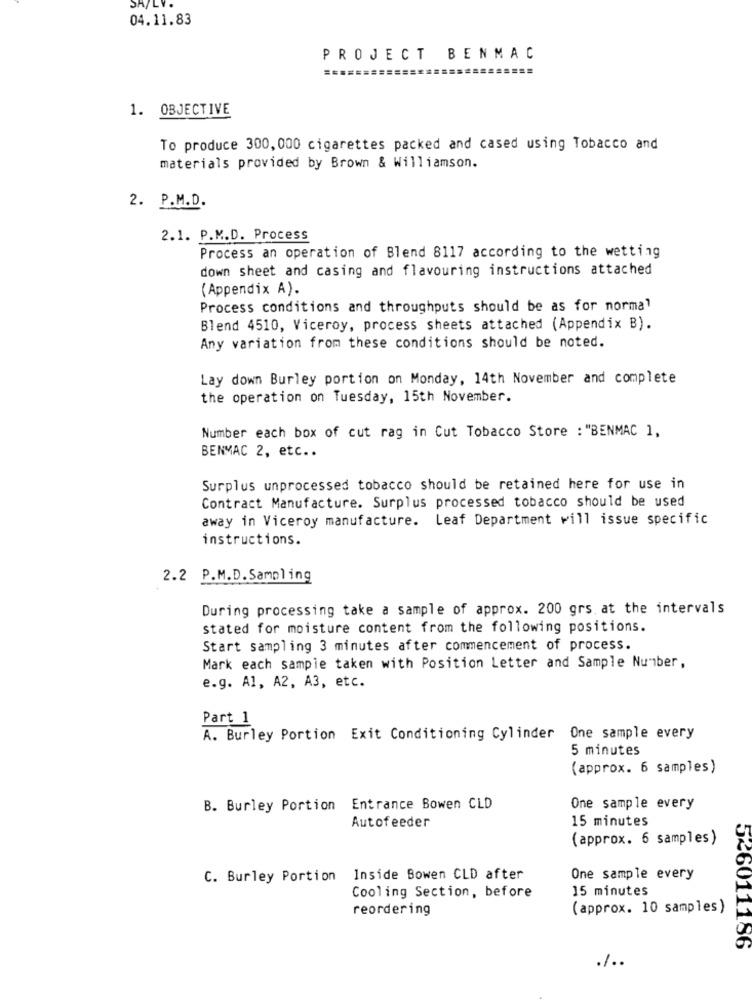
SH/LY.
04.11.83
PROJECT BENMAC
1. OBJECTIVE
To produce 300,000 cigarettes packed and cased using Tobacco and
materials provided by Brown & Williamson.
2. P.M.D.
2.1. P.M.D. Process
Process an operation of Blend 8117 according to the wetting
down sheet and casing and flavouring instructions attached
(Appendix A).
Process conditions and throughputs should be as for normal
Blend 4510, Viceroy, process sheets attached (Appendix B).
Any variation from these conditions should be noted.
Lay down Burley portion on Monday, 14th November and complete
the operation on Tuesday, 15th November.
Number each box of cut rag in Cut Tobacco Store : "BENMAC 1,
BENMAC 2, etc ..
Surplus unprocessed tobacco should be retained here for use in
Contract Manufacture. Surplus processed tobacco should be used
away in Viceroy manufacture. Leaf Department will issue specific
instructions.
2.2 P.M.D.Sampling
During processing take a sample of approx. 200 grs at the intervals
stated for moisture content from the following positions.
Start sampling 3 minutes after commencement of process.
Mark each sampie taken with Position Letter and Sample Number,
e.g. A1, A2, A3, etc.
Part 1
A. Burley Portion Exit Conditioning Cylinder
One sample every
5 minutes
(approx. 6 samples)
B. Burley Portion Entrance Bowen CLD
One sample every
15 minutes
Autofeeder
(approx. 6 samples)
C. Burley Portion
Inside Bowen CLD after
One sample every
15 minutes
Cooling Section, before
reordering
(approx. 10 samples)
546011186
./ ..